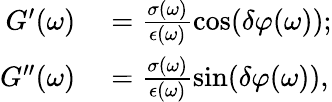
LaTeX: \begin{array}{rl}{G^{\prime}(\omega)}&{{}=\frac{\sigma(\omega)}{{\epsilon}(\omega)}\cos(\delta\varphi(\omega));}\\ {G^{\prime\prime}(\omega)}&{{}=\frac{\sigma(\omega)}{{\epsilon}(\omega)}\sin(\delta\varphi(\omega)),}\end{array}